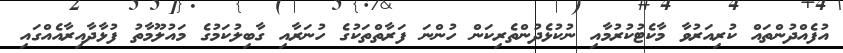
އުފެއްދުންތައް ކުރިއަރުވާ މާކެޓުކުރުމާއި ނުކުޅެދުންތެރިކަން ހުންނަ ފަރާތްތަކުގެ ހުނަރާއި ގާބިލުކަމުގެ މައުލޫމާތު ފުޅާދާއިރާއެއްގައި